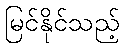
မြင်နိုင်သည့်